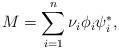
LaTeX: \begin{align*} M = \sum_{i = 1}^n \nu_i \phi_i \psi_i^*,\end{align*}